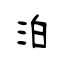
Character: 洎